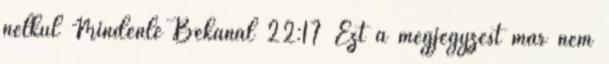
nélkül Mindenlé Bekanál 22:17 Ezt a megjegyzést már nem